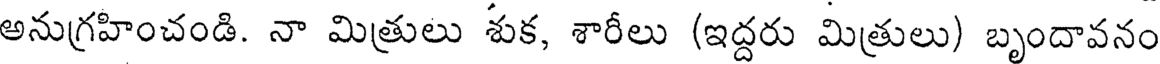
అనుగ్రహించండి. నా మిత్రులు శుక, శారీలు (ఇద్దరు మిత్రులు) బృందావనం